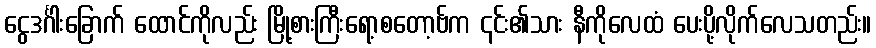
ငွေဒင်္ဂါးခြောက် ထောင်ကိုလည်း မြို့စားကြီးရော့စတော့ဗ်က ၎င်း၏သား နီကိုလေထံ ပေးပို့လိုက်လေသတည်း။